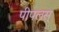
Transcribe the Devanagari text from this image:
पीपलस्